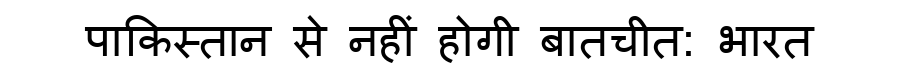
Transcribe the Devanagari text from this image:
पाकिस्तान से नहीं होगी बातचीत: भारत